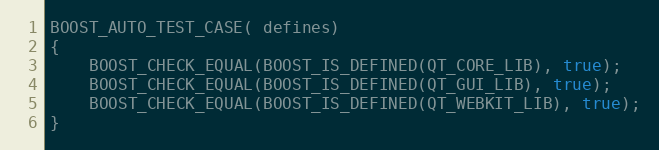
Language: C++
BOOST_AUTO_TEST_CASE( defines)
{
    BOOST_CHECK_EQUAL(BOOST_IS_DEFINED(QT_CORE_LIB), true);
    BOOST_CHECK_EQUAL(BOOST_IS_DEFINED(QT_GUI_LIB), true);
    BOOST_CHECK_EQUAL(BOOST_IS_DEFINED(QT_WEBKIT_LIB), true);
}